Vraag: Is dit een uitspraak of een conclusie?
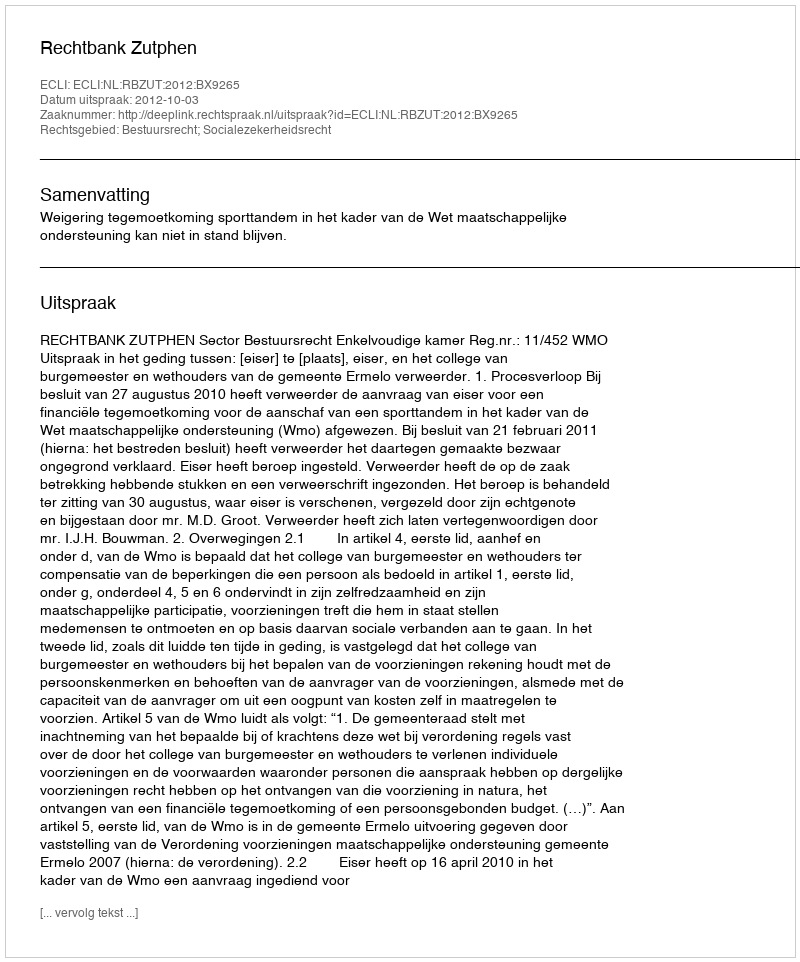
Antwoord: Uitspraak